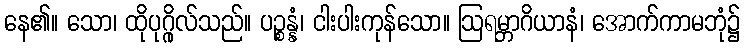
နေ၏။ သော၊ ထိုပုဂ္ဂိုလ်သည်။ ပဉ္စန္နံ၊ ငါးပါးကုန်သော။ ဩရမ္ဘာဂိယာနံ၊ အောက်ကာမဘုံ၌